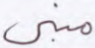
مبني